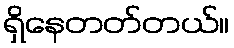
ရှိနေတတ်တယ်။